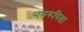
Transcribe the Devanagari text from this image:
समरूपिता